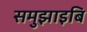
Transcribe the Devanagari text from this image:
समुझाइबि